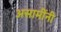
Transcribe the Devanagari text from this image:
असामींनी